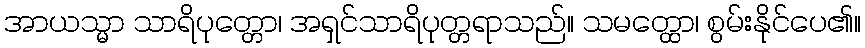
အာယသ္မာ သာရိပုတ္တော၊ အရှင်သာရိပုတ္တရာသည်။ သမတ္ထော၊ စွမ်းနိုင်ပေ၏။